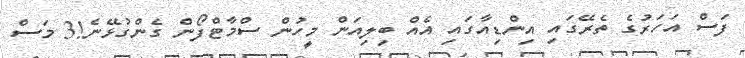
ފަސް އަހަރުގެ ތެރޭގައި އިންޑިއާގައި އެއް ބިލިއަން މީހުން ސްމާޓްފޯން ގެންގުޅޭނެ!3 މަސް